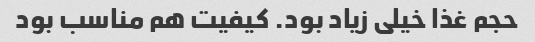
حجم غذا خیلی زیاد بود. کیفیت هم مناسب بود